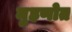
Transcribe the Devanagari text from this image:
मुहणोत